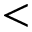
<